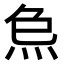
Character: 𤇗